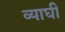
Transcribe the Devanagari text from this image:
व्याघी